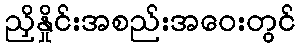
ညှိနှိုင်းအစည်းအဝေးတွင်